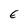
Character: E